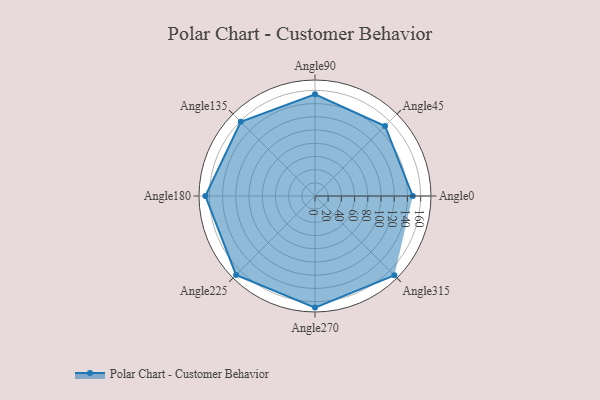
{"axis": {"x": "Angle", "y": "Radius"}, "legend": [""], "data": [{"x": "Angle0", "y": 148.0, "type": ""}, {"x": "Angle45", "y": 150.0, "type": ""}, {"x": "Angle90", "y": 154.0, "type": ""}, {"x": "Angle135", "y": 159.0, "type": ""}, {"x": "Angle180", "y": 166.0, "type": ""}, {"x": "Angle225", "y": 169.0, "type": ""}, {"x": "Angle270", "y": 169.0, "type": ""}, {"x": "Angle315", "y": 170, "type": ""}]}